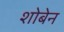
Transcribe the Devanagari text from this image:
शोबेन